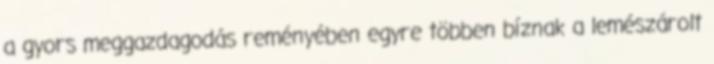
a gyors meggazdagodás reményében egyre többen bíznak a lemészárolt